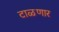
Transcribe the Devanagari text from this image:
टाळणार